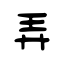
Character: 弄